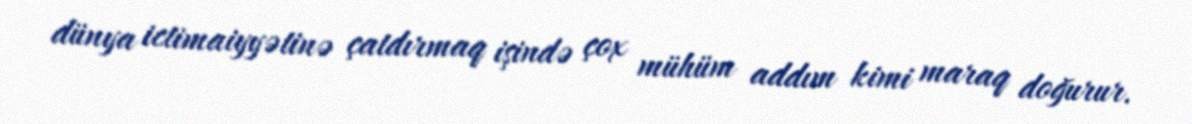
dünya ictimaiyyətinə çatdırmaq işində çox mühüm addım kimi maraq doğurur.